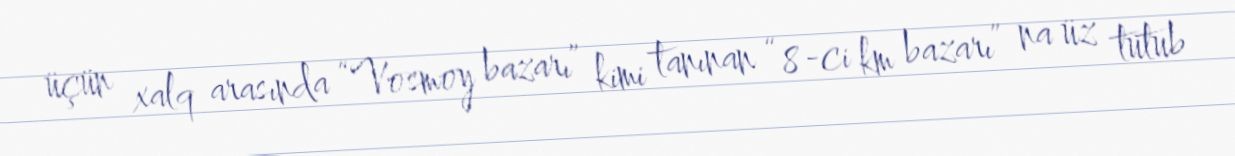
üçün xalq arasında “Vosmoy bazarı” kimi tanınan “8-ci km bazarı” na üz tutub